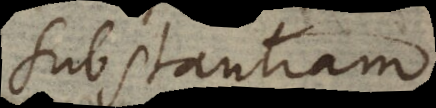
substantiam